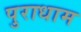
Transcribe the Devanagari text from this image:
पुराधाम